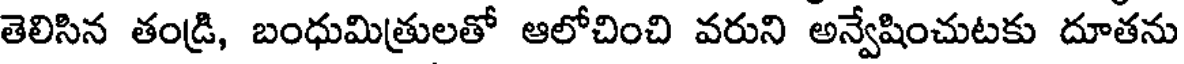
తెలిసిన తండ్రి, బంధుమిత్రులతో ఆలోచించి వరుని అన్వేషించుటకు దూతను